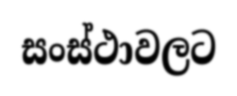
සංස්ථාවලට